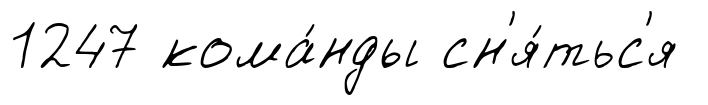
1247 кома́нды сн'я́тьс'я